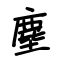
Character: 塵